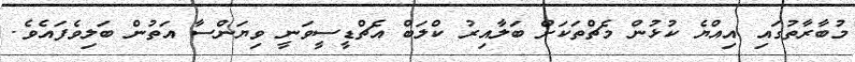
މުބާރާތުގައި އިއްޔެ ކުޅުން މެޗްތަކަށް ބަލާއިރު ކްލަބް އެޗްޑީސީވަނީ ވިޔަންސާ އަތުން ބަލިވެފައެވެ.